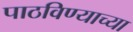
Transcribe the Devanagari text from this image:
पाठविण्याच्या